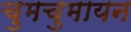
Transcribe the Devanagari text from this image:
चुमचुमायन